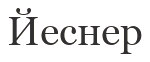
Йеснер